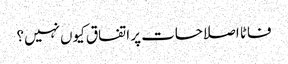
فاٹا اصلاحات پر اتفاق کیوں نہیں؟